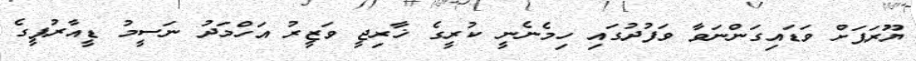
ޔޫރަޕަށް ވަޑައިގަންނަވާ ވަފުދުގައި ހިމެނެނީ ކުރީގެ ޚާރިޖީ ވަޒީރު އަހްމަދު ނަސީމު ޑީއާރުޕީގެ